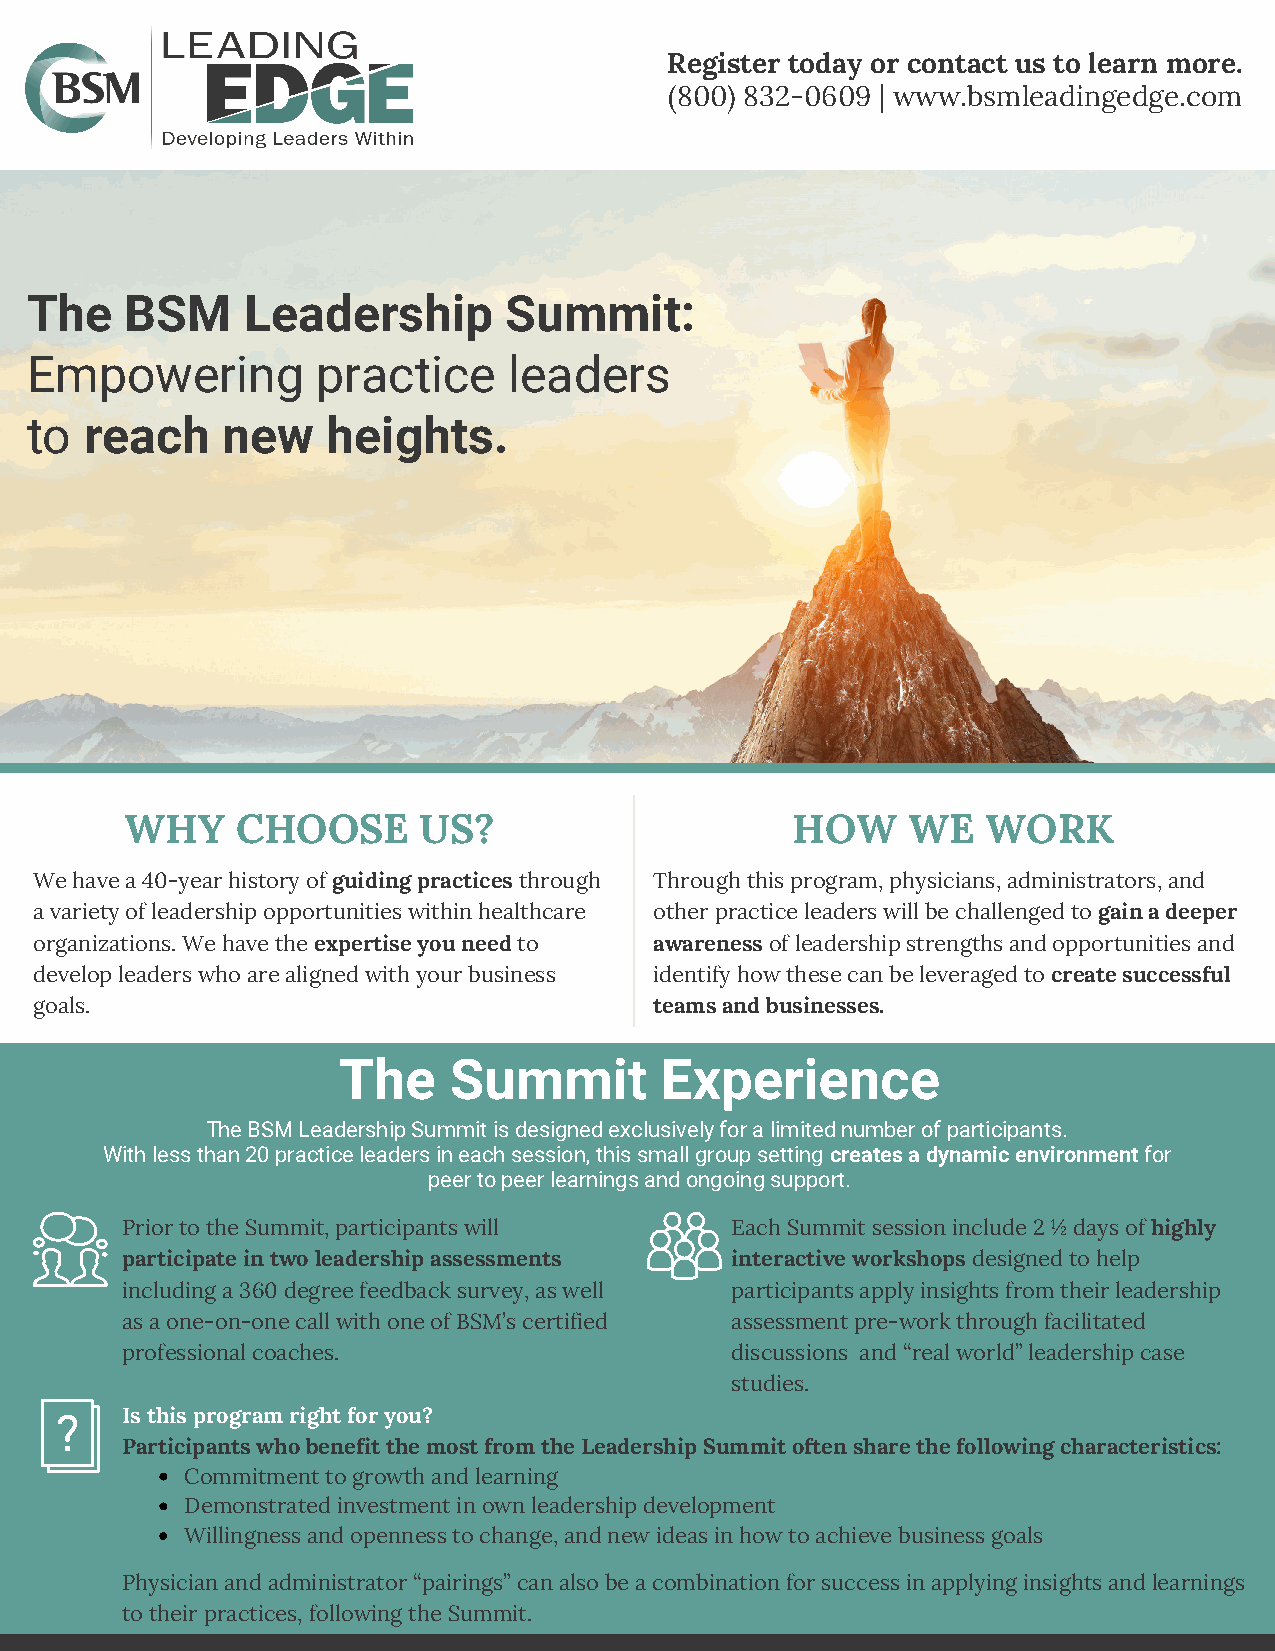
Register today or contact us to learn more.
 (800) 832-0609 | www.bsmleadingedge.com
 The   BSM     Leadership       Summit:
 Empowering         practice     leaders
 to  reach    new    heights.
 WHY     CHOOSE      US?                     HOW     WE   WORK
 We have a 40-year history of guiding practices through Through this program, physicians, administrators, and
 a variety of leadership opportunities within healthcare other practice leaders will be challenged to gain a deeper
 organizations. We have the expertise you need to awareness of leadership strengths and opportunities and
 develop leaders who are aligned with your business identify how these can be leveraged to create successful
 goals.                                   teams and businesses.
 The     Summit        Experience
 The BSM Leadership Summit is designed exclusively for a limited number of participants.
 With less than 20 practice leaders in each session, this small group setting creates a dynamic environment for
 peer to peer learnings and ongoing support.
 Prior to the Summit, participants will  Each Summit session include 2 ½ days of highly
 participate in two leadership assessments interactive workshops designed to help
 including a 360 degree feedback survey, as well participants apply insights from their leadership
 as a one-on-one call with one of BSM’s certified assessment pre-work through facilitated
 professional coaches.                   discussions and “real world” leadership case
 studies.
 Is this program right for you?
 Participants who benefit the most from the Leadership Summit often share the following characteristics:
 Commitment to growth and learning
 Demonstrated investment in own leadership development
 Willingness and openness to change, and new ideas in how to achieve business goals
 Physician and administrator “pairings” can also be a combination for success in applying insights and learnings
 to their practices, following the Summit.